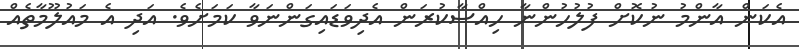
އެކަން އާންމު ނުކޮށް ފުލުހުންނާ ހިއްސާކުރަން އެދިވަޑައިގަންނަވާ ކަމަށެވެ. އަދި އެ މައުލޫމާތެއް